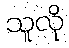
သူလို